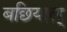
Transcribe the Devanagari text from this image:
बछियाल्